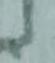
候